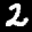
Label: 2